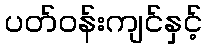
ပတ်ဝန်းကျင်နှင့်